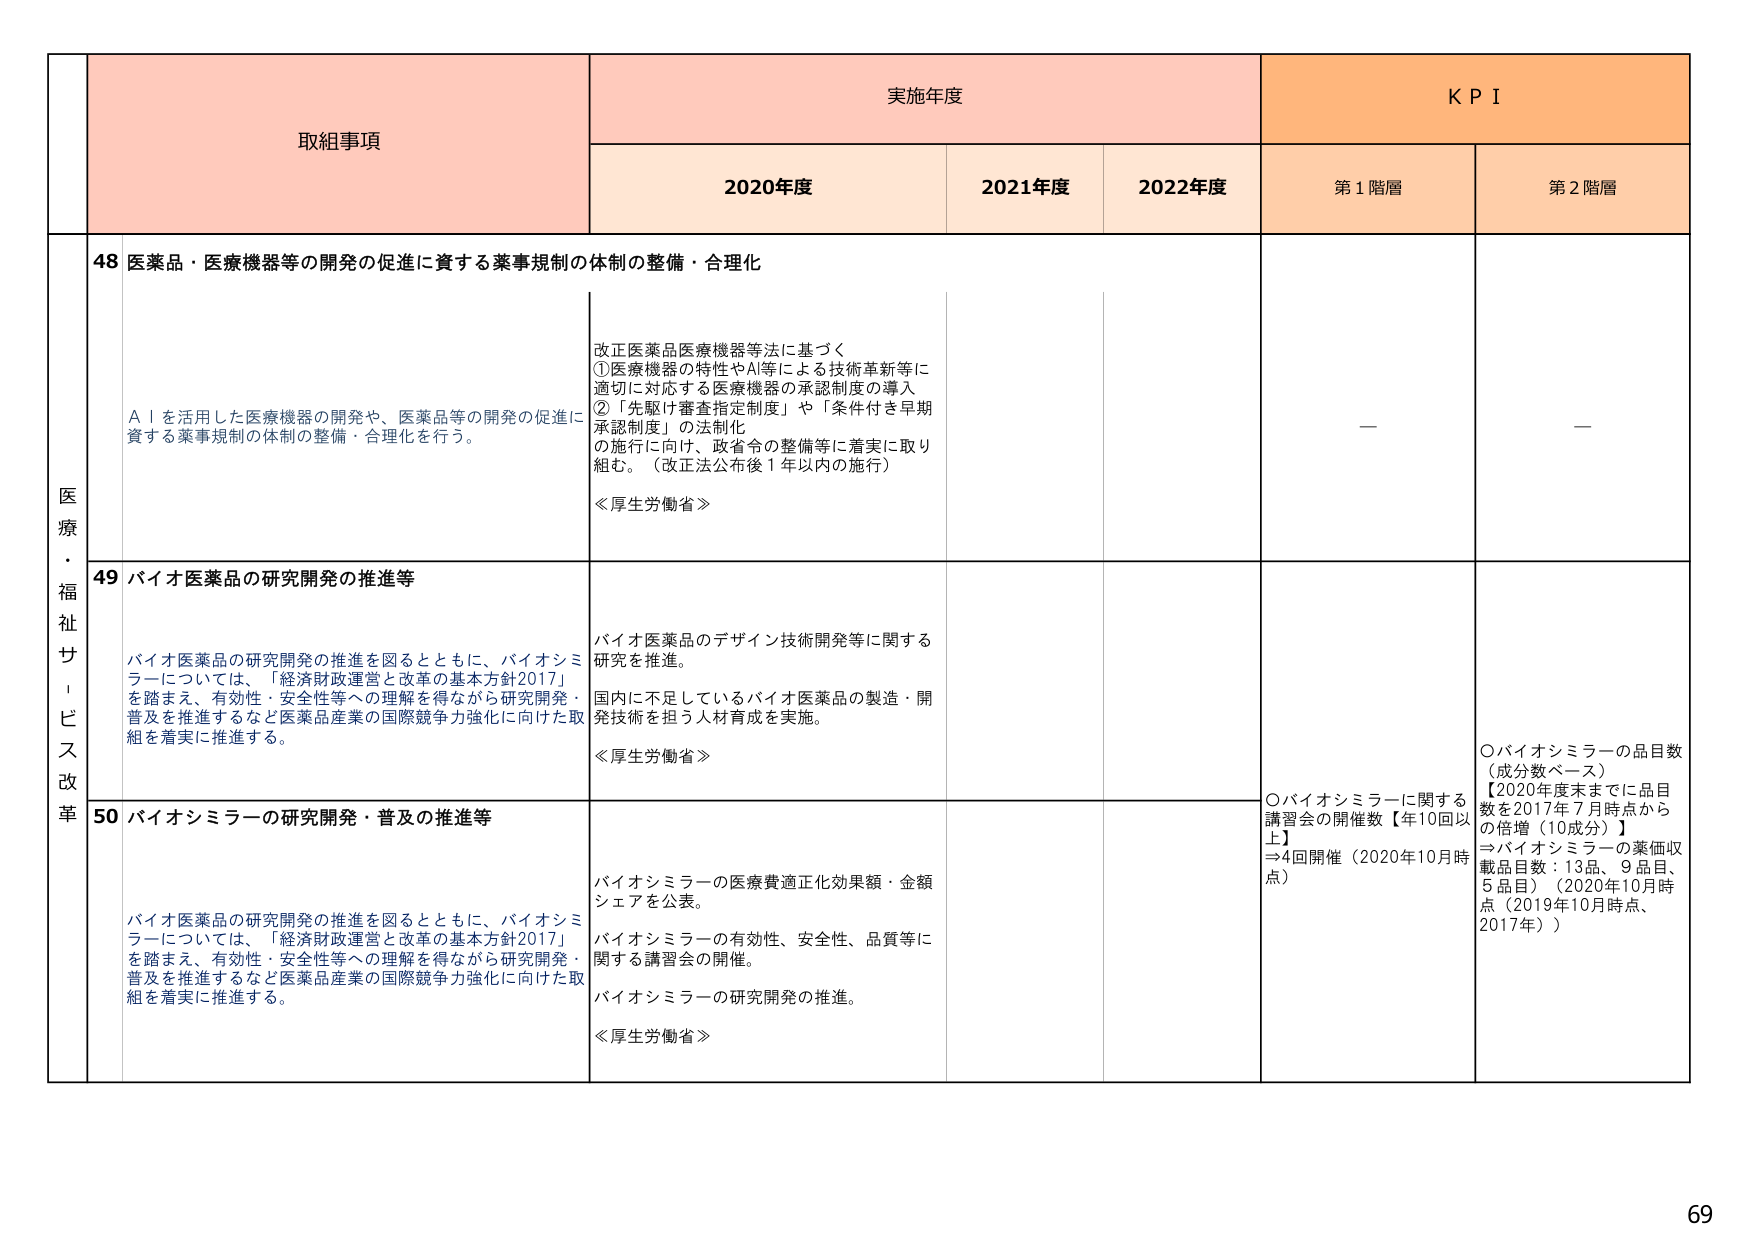
医療・福祉サービス改革

取組事項

実施年度

KPI

2020年度

2021年度

2022年度

第1階層

第2階層

48 医薬品・医療機器等の開発の促進に資する薬事規制の体制の整備・合理化

AIを活用した医療機器の開発や、医薬品等の開発の促進に資する薬事規制の体制の整備・合理化を行う。

改正医薬品医療機器等法に基づく
①医療機器の特性やAI等による技術革新等に適切に対応する医療機器の承認制度の導入
②「先駆け審査指定制度」や「条件付き早期承認制度」の法制化
の施行に向け、政省令の整備等に着実に取り組む。（改正法公布後1年以内の施行）

≪厚生労働省≫

—

—

49 バイオ医薬品の研究開発の推進等

バイオ医薬品の研究開発の推進を図るとともに、バイオシミラーについては、「経済財政運営と改革の基本方針2017」を踏まえ、有効性・安全性等への理解を得ながら研究開発・普及を推進するなど医薬品産業の国際競争力強化に向けた取組を着実に推進する。

バイオ医薬品のデザイン技術開発等に関する研究を推進。
国内に不足しているバイオ医薬品の製造・開発技術を担う人材育成を実施。

≪厚生労働省≫

〇バイオシミラーに関する講習会の開催数【年10回以上】
⇒4回開催（2020年10月時点）

〇バイオシミラーの品目数（成分数ベース）
【2020年度末までに品目数を2017年7月時点からの倍増（10成分）】
⇒バイオシミラーの薬価収載品目数：13品、9品目、5品目）（2020年10月時点（2019年10月時点、2017年））

50 バイオシミラーの研究開発・普及の推進等

バイオ医薬品の研究開発の推進を図るとともに、バイオシミラーについては、「経済財政運営と改革の基本方針2017」を踏まえ、有効性・安全性等への理解を得ながら研究開発・普及を推進するなど医薬品産業の国際競争力強化に向けた取組を着実に推進する。

バイオシミラーの医療費適正化効果額・金額シェアを公表。
バイオシミラーの有効性、安全性、品質等に関する講習会の開催。
バイオシミラーの研究開発の推進。

≪厚生労働省≫

69